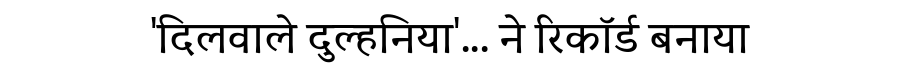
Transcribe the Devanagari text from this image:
'दिलवाले दुल्हनिया'... ने रिकॉर्ड बनाया